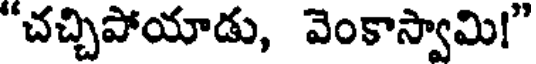
"చచ్చిపోయాడు, వెంకాస్వామి!"